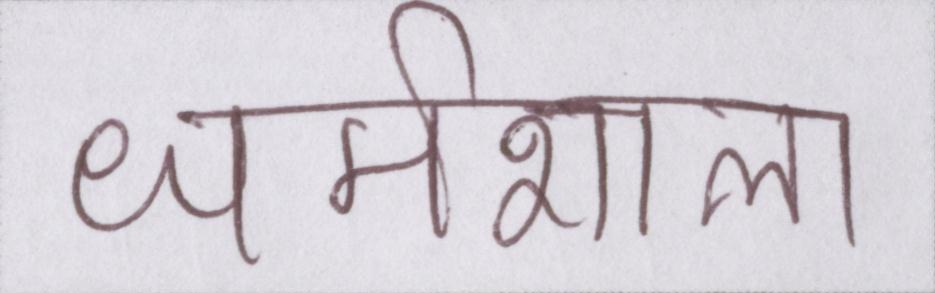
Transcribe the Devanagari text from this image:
धर्मशाला